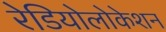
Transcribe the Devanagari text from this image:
रेडियोलोकेशन